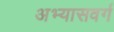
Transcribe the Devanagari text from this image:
अभ्यासवर्ग